Medical and sanitary report of the native army of Madras for the year
Year: 1872
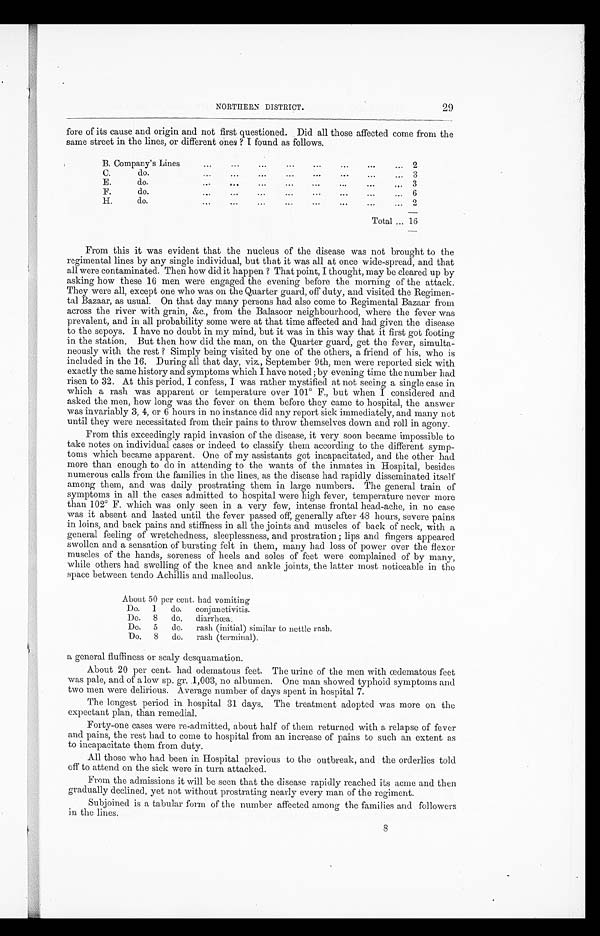
29
NORTHERN DISTRICT.
fore of its cause and origin and not first questioned. Did all those affected come from the
same street in the lines, or different ones ? I found as follows.
B. Company's Lines
...
...
...
...
...
... 2
C.
do....
...
... 3
E.
do.
...
. . . ...
...
...
...
3
F.
do....
...
... 6
H.
do....
...
.
2
Total ... 16
From this it was evident that the nucleus of the disease was not brought to the
regimental lines by any single individual, but that it was all at once wide-spread, and that
all were contaminated. Then how did it happen ? That point, I thought, may be cleared up by
asking how these 16 men were engaged the evening before the morning of the attack.
They were all, except one who was on the Quarter guard, off duty, and visited the Regimen-
tal Bazaar, as usual. On that day many persons had also come to Regimental Bazaar from
across the river with grain, &c., from the Balasoor neighbourhood, where the fever was
prevalent, and in all probability some were at that time affected and had given the disease
to the sepoys. I have no doubt in my mind, but it was in this way that it first got footing
in the station. But then how did the man, on the Quarter guard, get the fever, simulta-
neously with the rest ? Simply being visited by one of the others, a friend of his, who is
included in the 16. During all that day, viz., September 9th, men were reported sick with
exactly the same history and symptoms which I have noted ; by evening time the number had
risen to 32. At this period, I confess, I was rather mystified at not seeing a single case in
which a rash was apparent or temperature over 101° F., but when I considered and
asked the men, how long was the fever on them before they came to hospital, the answer
was invariably 3, 4, or 6 hours in no instance did any report sick immediately, and many not
until they were necessitated from their pains to throw themselves down and roll in agony.
From this exceedingly rapid invasion of the disease, it very soon became impossible to
take notes on individual cases or indeed to classify them according to the different symp-
toms which became apparent. One of my assistants got incapacitated, and the other had
more than enough to do in attending to the wants of the inmates in Hospital, besides
numerous calls from the families in the lines, as the disease had rapidly disseminated itself
among them, and was daily prostrating them in large numbers. The general train of
symptoms in all the cases admitted to hospital were high fever, temperature never more
than 102° F. which was only seen in a very few, intense frontal head-ache, in no case
was it absent and lasted until the fever passed off, generally after 48 hours, severe pains
in loins, and back pains and stiffness in all the joints and muscles of back of neck, with a
general feeling of wretchedness, sleeplessness, and prostration ; lips and fingers appeared
swollen and a sensation of bursting felt in them, many had loss of power over the flexor
muscles of the hands, soreness of heels and soles of feet were complained of by many,
while others had swelling of the knee and ankle joints, the latter most noticeable in the
space between tondo Achillis and malleolus.
About 50 per cent. had vomiting
Do.
1
do.
conjunctivitis.
Do.
8
do.
diarrhœa.
Do.
5
do.
rash (initial) similar to nettle rash.
Do.
8
do.
rash (terminal).
a general fluffiness or scaly desquamation.
About 20 per cent. had odematous feet. The urine of the men with œdematous feet
was pale, and of a low sp. gr. .1,003, no albumen. One man showed typhoid symptoms and
two men were delirious. Average number of days spent in hospital 7.
The longest period in hospital 31 days. The treatment adopted was more on the
expectant plan, than remedial.
Forty-one cases were re-admitted, about half of them returned with a relapse of fever
and pains, the rest had to come to hospital from an increase of pains to such an extent as
to incapacitate them from duty.
All those who had been in Hospital previous to the outbreak, and the orderlies told
off to attend on the sick were in turn attacked.
From the admissions it will be seen that the disease rapidly reached its acme and then
gradually declined, yet not without prostrating nearly every man of the regiment.
Subjoined is a tabular form of the number affected among the families and followers
in the lines.
8